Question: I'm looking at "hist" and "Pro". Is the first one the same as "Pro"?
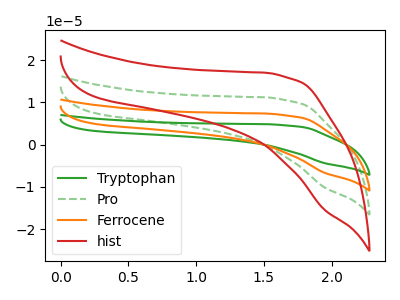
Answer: <think>The green curve "Tryptophan" has no peaks. The green dashed curve "Pro" has no peaks. The orange curve "Ferrocene" has no peaks. The red curve "hist" has no peaks.
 Neither "hist" or "Pro" have any peaks.</think>
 <answer>"hist" and "Pro" are similar in shape.</answer>
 <eval>same_shape</eval>